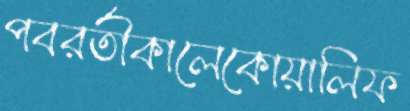
পবরর্তীকালেকোয়ালিফ